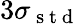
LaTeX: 3\sigma_{\mathrm{~s~t~d~}}